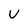
Character: V